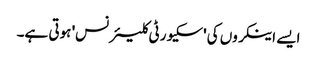
ایسے اینکروں کی 'سکیورٹی کلیئرنس' ہوتی ہے۔